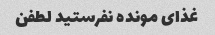
غذاى مونده نفرستید لطفن